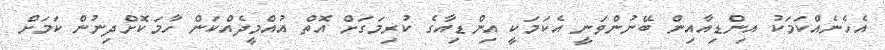
އެހެނެއްކަމަކު އިންޑިއާއިން ބޭނުންވަނީ އެކަމަކީ އިންޑިއާގެ ކުރިމަގަށް އޮތް އުއްމީދެއްކަން ހާމަކޮށްދިނުން ކަމަށް